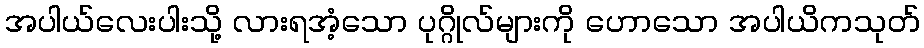
အပါယ်လေးပါးသို့ လားရအံ့သော ပုဂ္ဂိုလ်များကို ဟောသော အပါယိကသုတ်